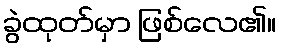
ခွဲထုတ်မှာ ဖြစ်လေ၏။